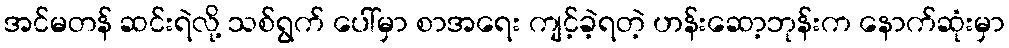
အင်မတန် ဆင်းရဲလို့ သစ်ရွက် ပေါ်မှာ စာအရေး ကျင့်ခဲ့ရတဲ့ ဟန်းဆော့ဘုန်းက နောက်ဆုံးမှာ